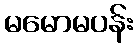
မမောမပန်း